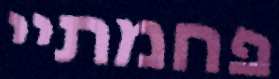
פחמתיי